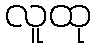
လူထု